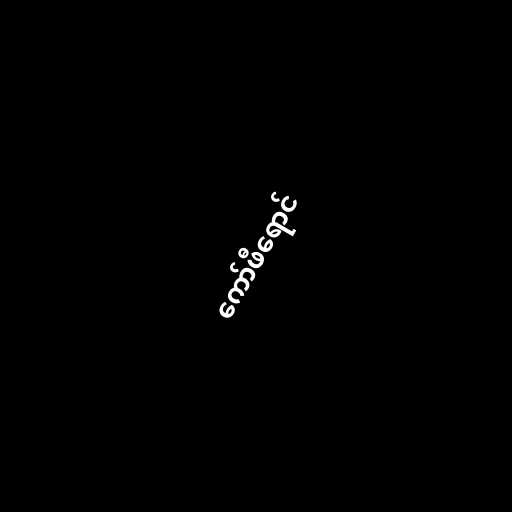
ကော်ဖီရောင်